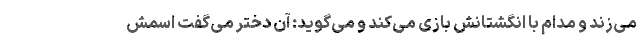
می‌زند و مدام با انگشتانش بازی می‌کند و می‌گوید: آن دختر می‌گفت اسمش